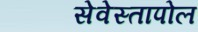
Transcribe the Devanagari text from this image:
सेवेस्तापोल